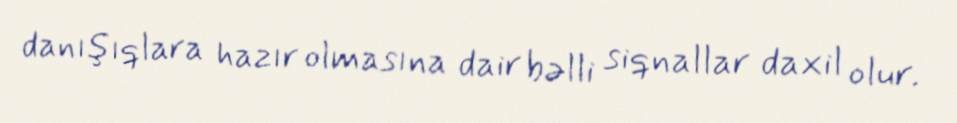
danışıqlara hazır olmasına dair bəlli siqnallar daxil olur.